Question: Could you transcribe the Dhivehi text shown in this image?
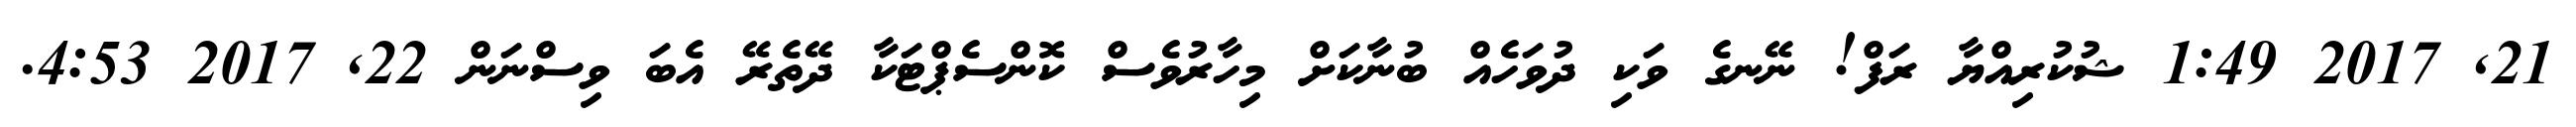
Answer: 21, 2017 1:49 ޝުކުރިއްޔާ ރަފް! ނޭނގެ ވަކި ދުވަހެއް ބުނާކަށް މިހާރުވެސް ކޮންސެޕްޓަކާ ދޭތެރޭ އެބަ ވިސްނަން 22, 2017 4:53.